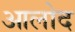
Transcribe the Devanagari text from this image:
आलोद